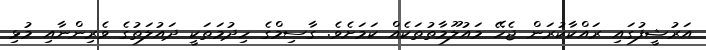
އަރުޝީފުގައި ރައްކާކުރަން ޖެހޭ މައުލޫމާތުތަކެއް ކަމަށެވެ. ގާސިމްގެ ހިދުމަތަކީ ދައުލަތުގެ ވެރިންނާއި މުޅި